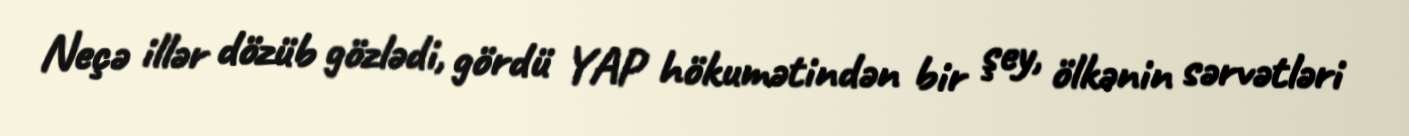
Neçə illər dözüb gözlədi, gördü YAP hökumətindən bir şey, ölkənin sərvətləri